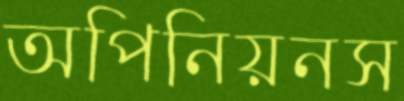
অপিনিয়নস